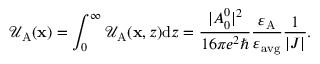
\mathcal { U } _ { \mathrm { A } } ( \mathbf { x } ) = \int _ { 0 } ^ { \infty } \mathcal { U } _ { \mathrm { A } } ( \mathbf { x } , z ) \mathrm { d } z = \frac { | A _ { 0 } ^ { 0 } | ^ { 2 } } { 1 6 \pi e ^ { 2 } \hbar } \frac { \varepsilon _ { \mathrm { A } } } { \varepsilon _ { \mathrm { a v g } } } \frac { 1 } { | J | } .